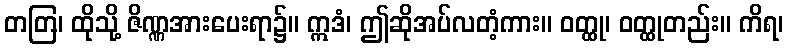
တတြ၊ ထိုသို့ ဇိဏ္ဏအားပေးရာ၌။ ဣဒံ၊ ဤဆိုအပ်လတံ့ကား။ ဝတ္ထု၊ ဝတ္ထုတည်း။ ကိရ၊